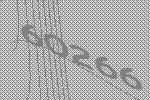
60266